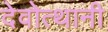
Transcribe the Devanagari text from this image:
देवोत्थानी